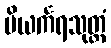
ပိယင်္ကရသုတ္တံ